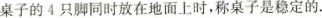
桌子的4只脚同时放在地面上时，称桌子是稳定的。